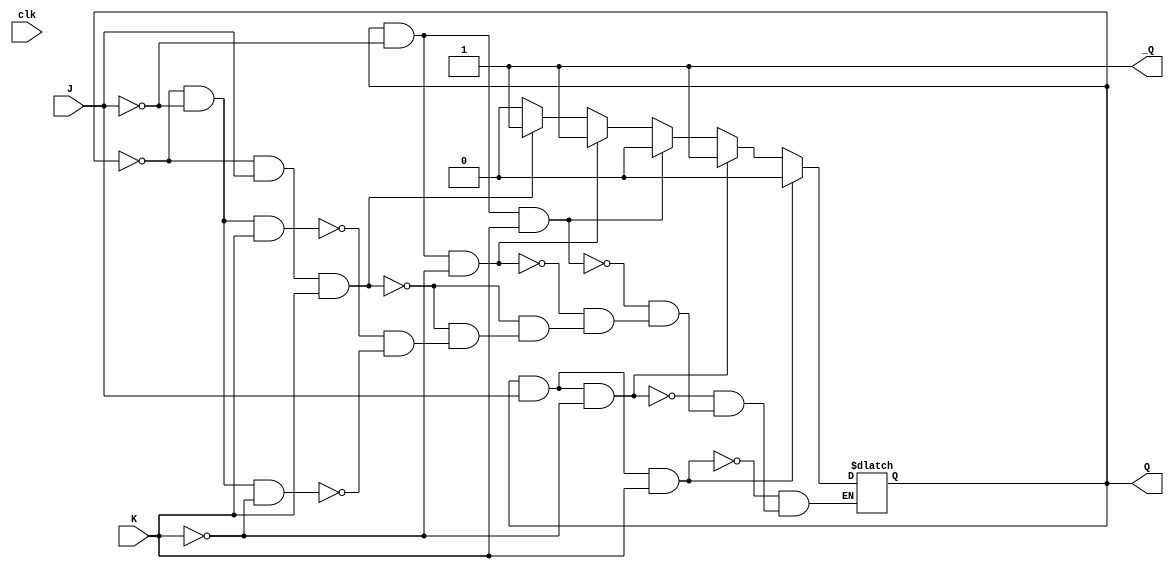
module jkff (
  output Q, _Q,
  input J, K, clk
);
wire Q, _Q;

always @ (clk)
begin
  if (!Q & !J & !K)
  Q <= 0;
  _Q <= 1;

  if (!Q & !J & K)
  Q <= 0;
  _Q <= 1;

  if (!Q & J & K)
  Q <= 1;
  _Q <= 0;

  if (!Q & J & K)
  Q <= 1;
  _Q <= 0;

  if (Q & !J & !K)
  Q <= 1;
  _Q <= 0;

  if (Q & !J & K)
  Q <= 0;
  _Q <= 1;

  if (Q & J & !K)
  Q <= 1;
  _Q <= 0;

  if (Q & J & K)
  Q <= 0;
  _Q <= 1;
end
endmodule